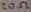
Text: 20Ω